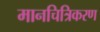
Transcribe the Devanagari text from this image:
मानचित्रिकरण